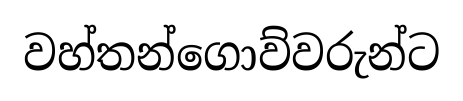
වහ්තන්ගොව්වරුන්ට